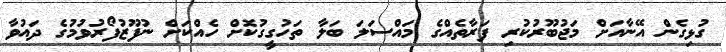
ގުޅިގެން އޭނާއަށް މަޖުބޫރުކުރި ފަރާތެއްގެ މައްސަލަ ބަލާ ތަހުގީގުކޮށް ހެއްކަށް ނުފޫޒުފޯރުވުމުގެ ދައުވާ